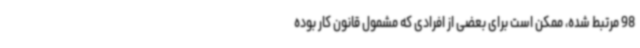
98 مرتبط شده، ممکن است برای بعضی از افرادی که مشمول قانون کار بوده